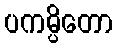
ပကမ္ပိတော